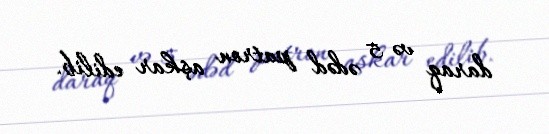
daraq və 5 ədəd patron aşkar edilib.